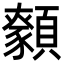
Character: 𩕑